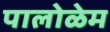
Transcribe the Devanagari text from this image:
पालोळेम